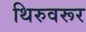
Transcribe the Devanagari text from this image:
थिरुवरूर